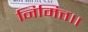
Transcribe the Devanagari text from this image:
निमित्त।।